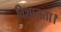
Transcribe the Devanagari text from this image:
विशालता।